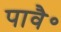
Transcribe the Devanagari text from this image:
पावै॰